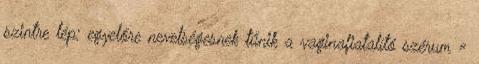
szintre lép: egyelőre nevetségesnek tűnik a vaginafiatalító szérum »